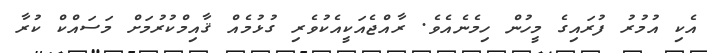
އެކި އުމުރު ފުރައިގެ މީހުން ހިމެނެއެވެ. ރާއްޖެއަކީއެކުވެރި ގުޅުމެއް ޤާއިމްކުރުމަށް މަސައްކް ކުރާ